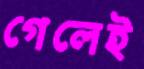
গেলেই